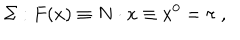
\Sigma : F ( x ) \equiv N \cdot x \equiv x ^ { 0 } = \tau \; ,